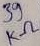
Text: 39KΩ